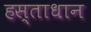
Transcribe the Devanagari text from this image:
हस्ताधान